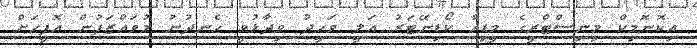
އިކޮނޮމިކް މިނިސްޓްރީގެ މީޑިއާ ކޯޑިނޭޓަރު އަލީ ވަހީދު ވިދާޅުވީ ހެނދުނު މުވައްޒަފުން އޮފީހަށް